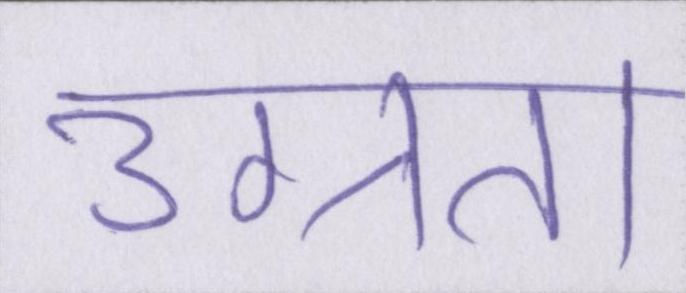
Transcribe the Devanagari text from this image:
उग्रता